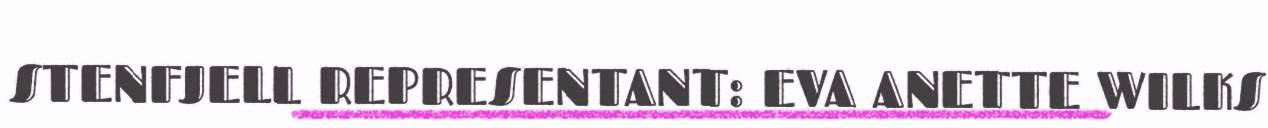
STENFJELL REPRESENTANT: EVA ANETTE WILKS